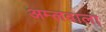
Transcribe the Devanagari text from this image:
अम्लवाला